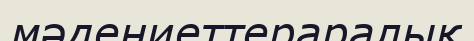
мәдениеттераралық